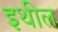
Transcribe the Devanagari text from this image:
इथील